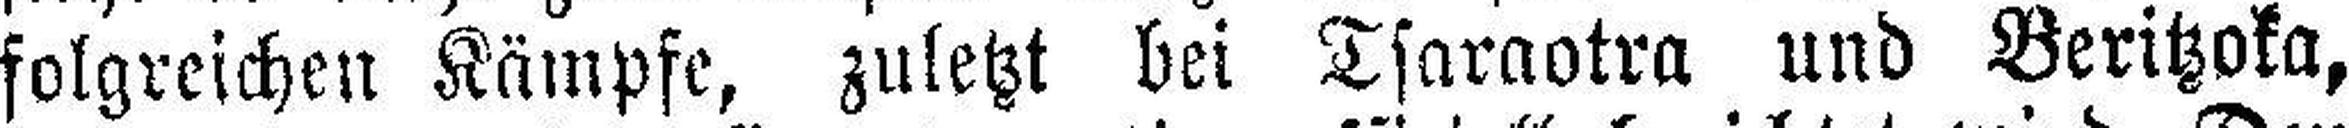
folgreichen Kämpfe, zuletzt bei Tsaraotra und Beritzoka,